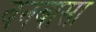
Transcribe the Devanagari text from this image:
वनबासा